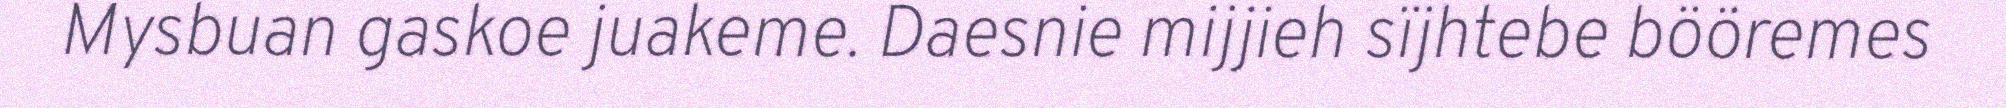
Mysbuan gaskoe juakeme. Daesnie mijjieh sïjhtebe bööremes